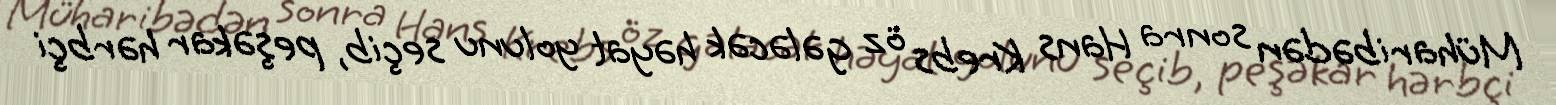
Müharibədən sonra Hans Krebs öz gələcək həyat yolunu seçib, peşəkar hərbçi